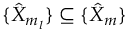
\{ \hat { X } _ { m _ { l } } \} \subseteq \{ \hat { X } _ { m } \}